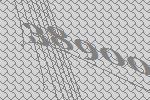
38900